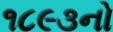
૧૮૯૩નો